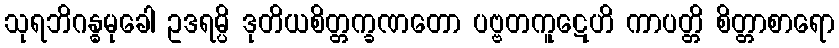
သုရဘိဂန္ဓမုခေါ ဥဒရမ္ပိ ဒုတိယစိတ္တက္ခဏတော ပဗ္ဗတကူဋေဟိ ကာပတ္တိ စိတ္တာစာရော